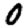
Digit: 0